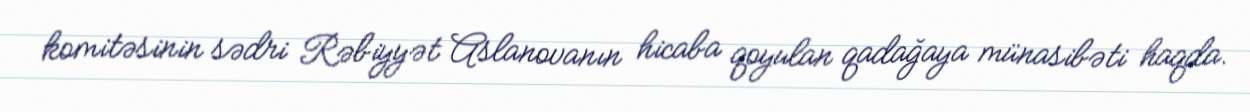
komitəsinin sədri Rəbiyyət Aslanovanın hicaba qoyulan qadağaya münasibəti haqda.